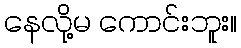
နေလို့မ ကောင်းဘူး။